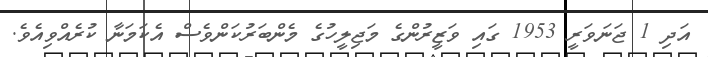
އަދި 1 ޖަނަވަރީ 1953 ގައި ވަޒީރުންގެ މަޖިލީހުގެ މެންބަރުކަންވެސް އެކަމަނާ ކުރެއްވިއެވެ.